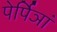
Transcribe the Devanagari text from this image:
पेर्पिञां